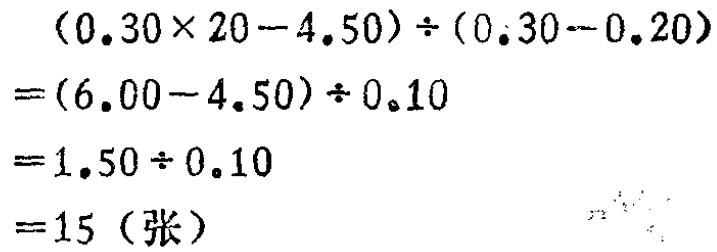
\[(0.30\times20 - 4.50)\div(0.30 - 0.20) \\

=(6.00 - 4.50)\div0.10 \\

=1.50\div0.10 \\

=15 (\text{张})\]